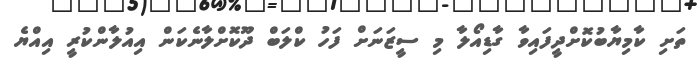
ތަށި ކާމިޔާބުކޮށްދީފައިވާ ގާޑިއޯލާ މި ސީޒަނަށް ފަހު ކްލަބް ދޫކޮށްލާނެކަން އިއުލާންކުރީ އިއްޔެ